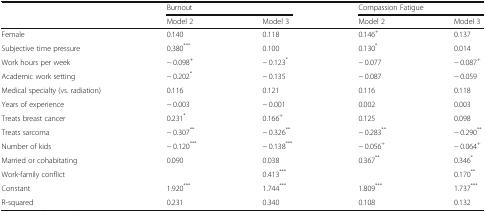
<table><thead><tr><td></td><td colspan="2"><b>Burnout</b></td><td colspan="2"><b>Compassion Fatigue</b></td></tr><tr><td></td><td><b>Model 2</b></td><td><b>Model 3</b></td><td><b>Model 2</b></td><td><b>Model 3</b></td></tr></thead><tbody><tr><td>Female</td><td>0.140</td><td>0.118</td><td>0.146<sup>+</sup></td><td>0.137</td></tr><tr><td>Subjective time pressure</td><td>0.380<sup>***</sup></td><td>0.100</td><td>0.130<sup>*</sup></td><td>0.014</td></tr><tr><td>Work hours per week</td><td>− 0.098<sup>+</sup></td><td>− 0.123<sup>*</sup></td><td>− 0.077</td><td>− 0.087<sup>+</sup></td></tr><tr><td>Academic work setting</td><td>− 0.202<sup>*</sup></td><td>− 0.135</td><td>− 0.087</td><td>− 0.059</td></tr><tr><td>Medical specialty (vs. radiation)</td><td>0.116</td><td>0.121</td><td>0.116</td><td>0.118</td></tr><tr><td>Years of experience</td><td>− 0.003</td><td>− 0.001</td><td>0.002</td><td>0.003</td></tr><tr><td>Treats breast cancer</td><td>0.231<sup>*</sup></td><td>0.166<sup>+</sup></td><td>0.125</td><td>0.098</td></tr><tr><td>Treats sarcoma</td><td>− 0.307<sup>**</sup></td><td>− 0.326<sup>**</sup></td><td>− 0.283<sup>**</sup></td><td>− 0.290<sup>**</sup></td></tr><tr><td>Number of kids</td><td>− 0.120<sup>***</sup></td><td>− 0.138<sup>***</sup></td><td>− 0.056<sup>+</sup></td><td>− 0.064<sup>+</sup></td></tr><tr><td>Married or cohabitating</td><td>0.090</td><td>0.038</td><td>0.367<sup>**</sup></td><td>0.346<sup>*</sup></td></tr><tr><td>Work-family conflict</td><td></td><td>0.413<sup>***</sup></td><td></td><td>0.170<sup>**</sup></td></tr><tr><td>Constant</td><td>1.920<sup>***</sup></td><td>1.744<sup>***</sup></td><td>1.809<sup>***</sup></td><td>1.737<sup>***</sup></td></tr><tr><td>R-squared</td><td>0.231</td><td>0.340</td><td>0.108</td><td>0.132</td></tr></tbody></table>